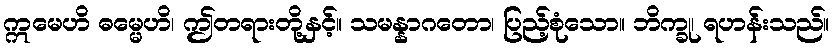
ဣမေဟိ ဓမ္မေဟိ၊ ဤတရားတို့နှင့်။ သမန္နာဂတော၊ ပြည့်စုံသော။ ဘိက္ခု၊ ရဟန်းသည်။